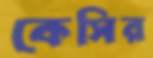
কেসির